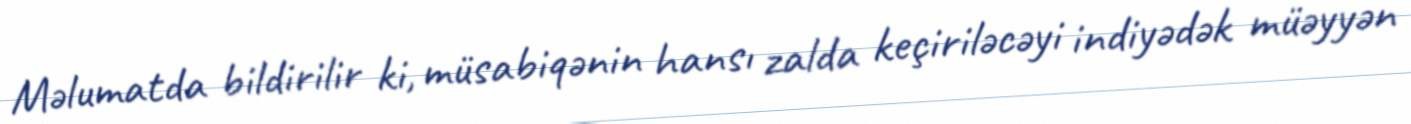
Məlumatda bildirilir ki, müsabiqənin hansı zalda keçiriləcəyi indiyədək müəyyən